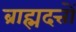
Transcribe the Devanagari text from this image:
ब्राह्मदत्तों